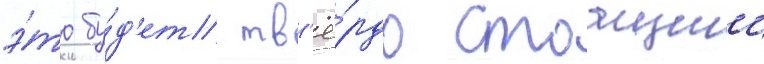
э́то бу́д'ет тв'ё́рдо стоащии